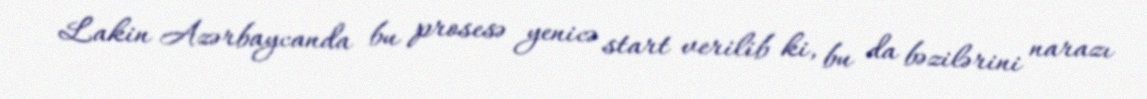
Lakin Azərbaycanda bu prosesə yenicə start verilib ki, bu da bəzilərini narazı